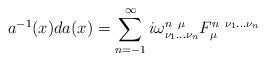
LaTeX: \begin{align*}a^{-1}(x)da(x)=\sum^{\infty}_{n=-1}i\omega^{n\ \mu}_{\nu_{1}\dots\nu_{n}}F_{\mu}^{n\ \nu_{1}\dots\nu_{n}}\end{align*}